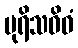
ပုရိသဝိဓံ